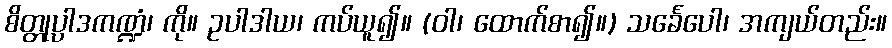
စိတ္တုပ္ပါဒကဏ္ဍံ၊ ကို။ ဥပါဒါယ၊ ကပ်ယူ၍။ (ဝါ၊ ထောက်စာ၍။) သင်္ခေပေါ၊ အကျယ်တည်း။